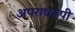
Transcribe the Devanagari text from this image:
अपराधरूपी